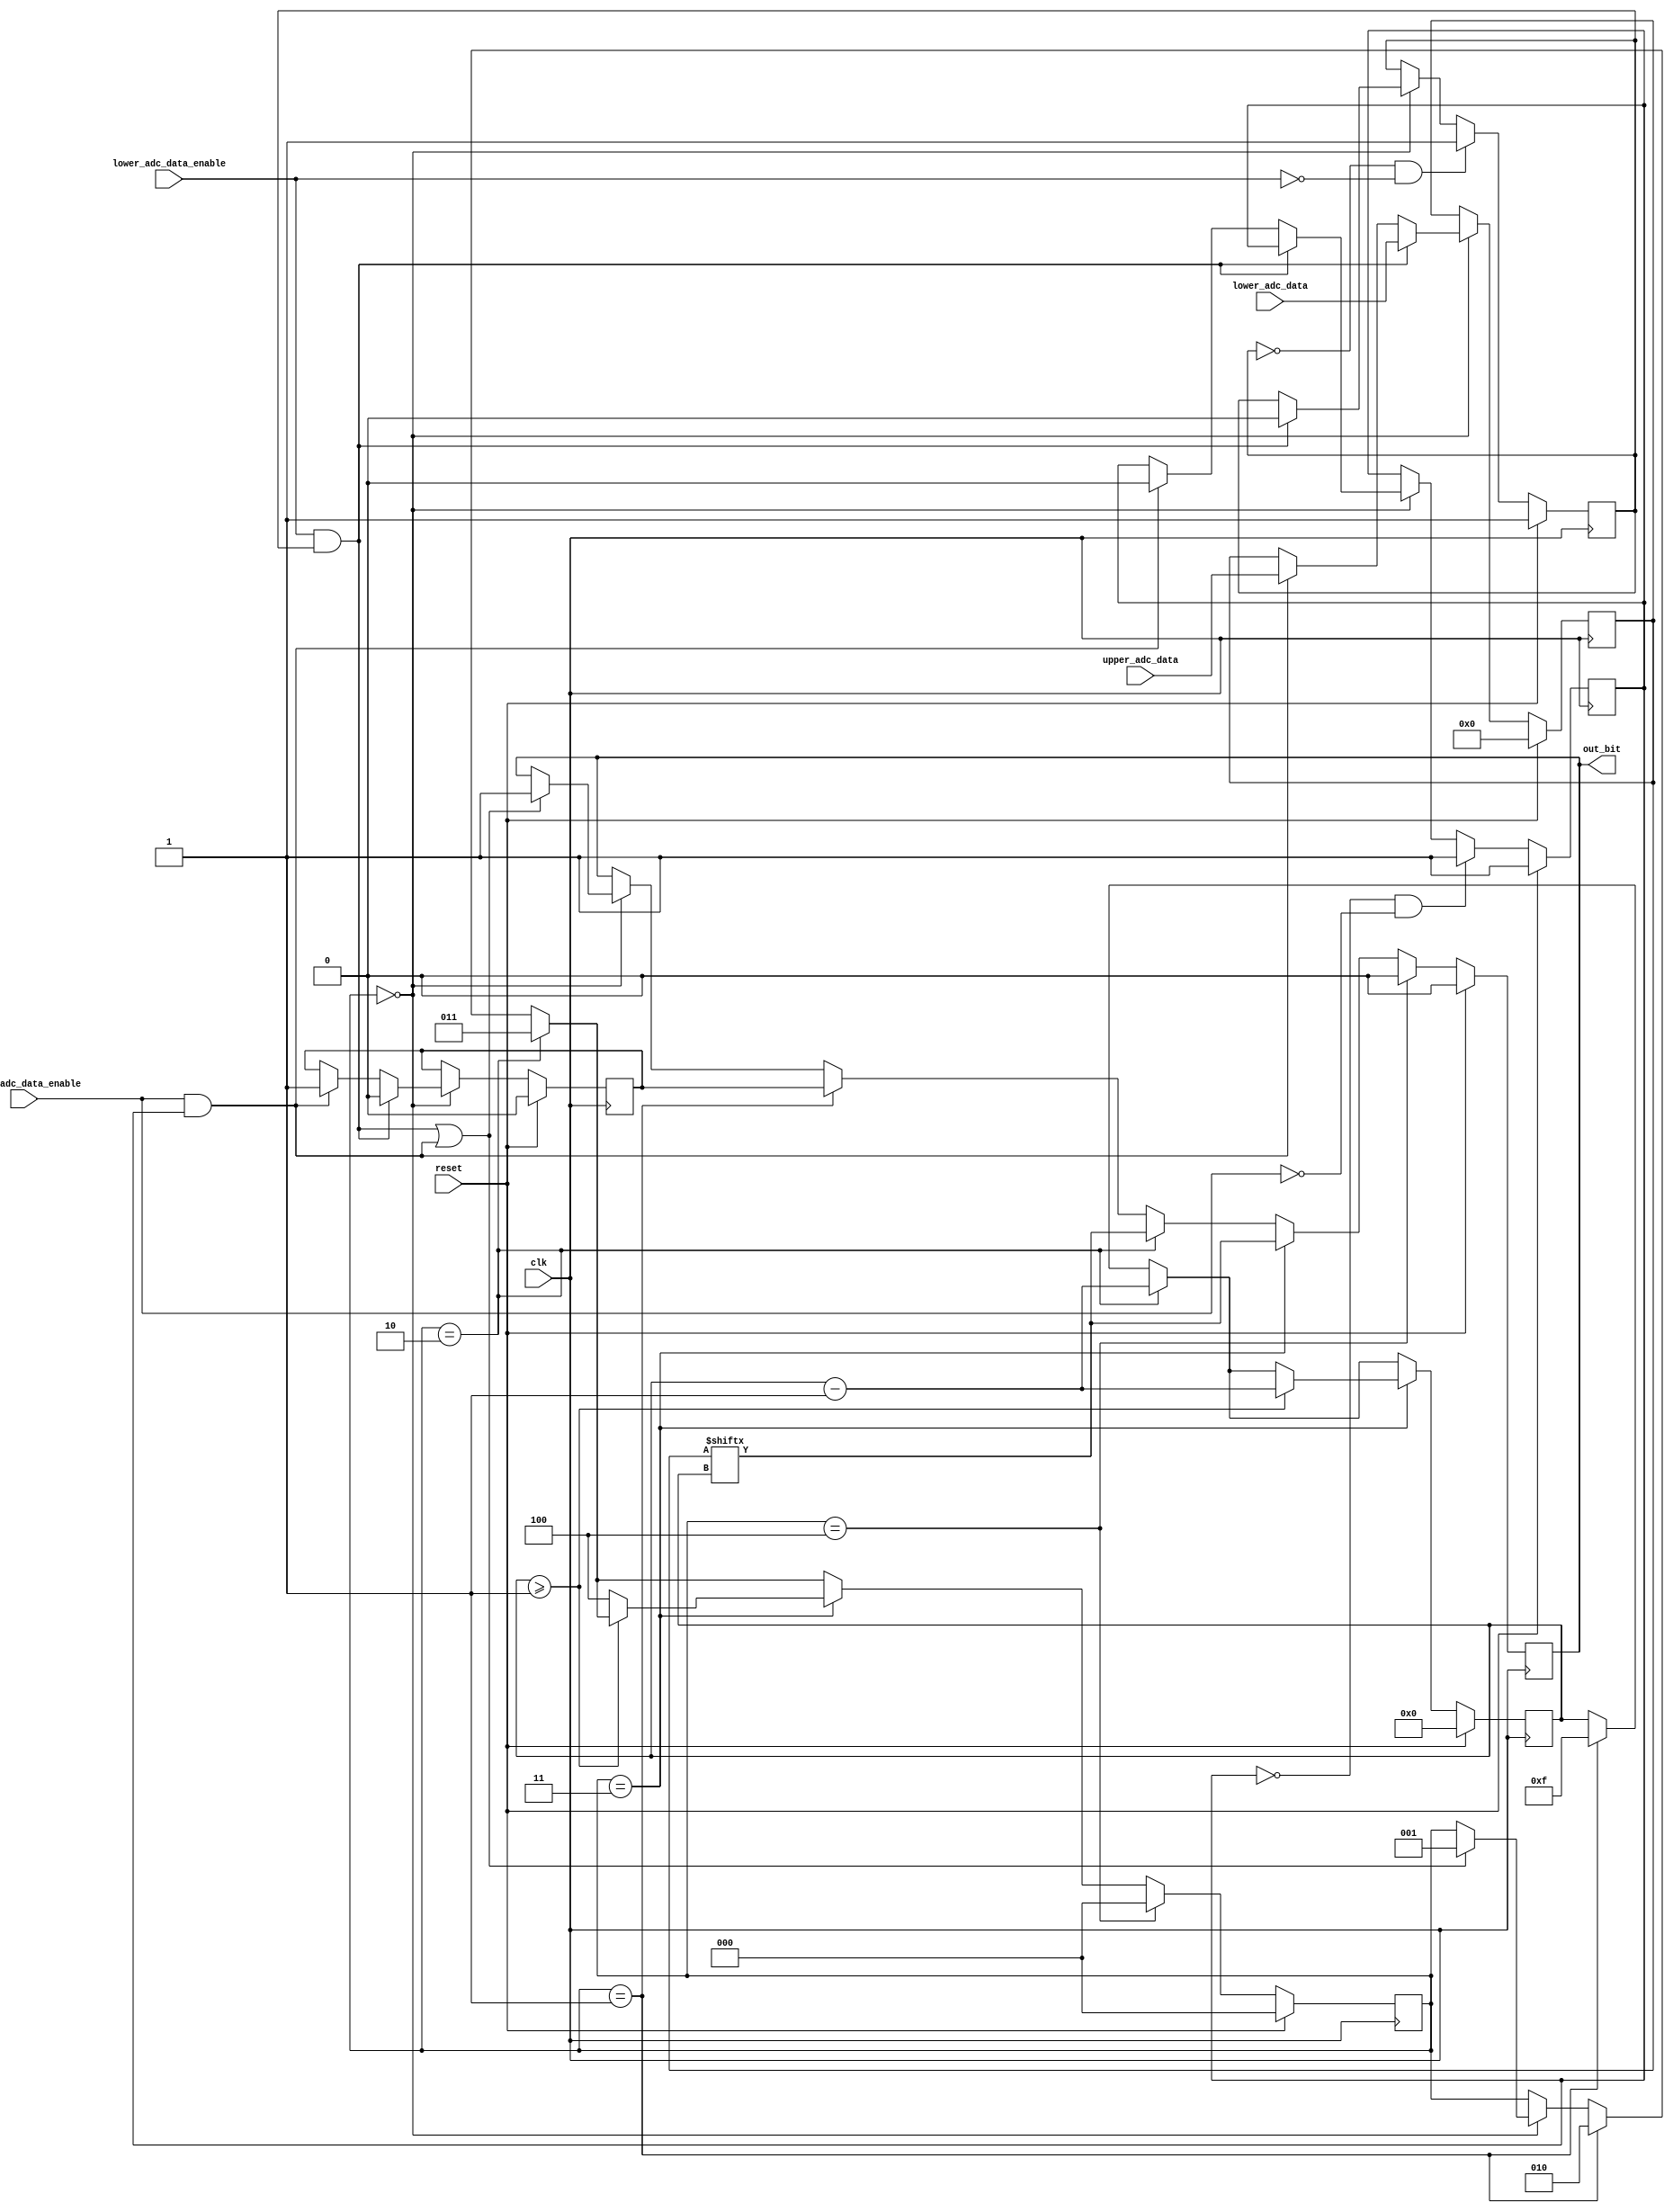
module DataSerializer(
           clk, reset, lower_adc_data, upper_adc_data,
           lower_adc_data_enable, upper_adc_data_enable, out_bit,
       );
// Mode enum
localparam MODE_WAIT_ADC_DATA_ENABLE_UP = 0;
localparam MODE_NOTIFY_START_SERIALIZING = 1;
localparam MODE_NOTIFY_CHANNEL = 2;
localparam MODE_SERIALIZING = 3;
localparam MODE_AFTER_SERIALIZING = 4;

input clk, reset, lower_adc_data_enable, upper_adc_data_enable;
input [15:0] lower_adc_data, upper_adc_data;

output reg out_bit;

reg [15:0] data;
reg [3:0] data_index;
reg [2:0] mode;
reg channel; // lower:0, upper: 1

reg lower_adc_data_next_ready;
reg upper_adc_data_next_ready;

always @(posedge clk) begin
    if (reset) begin
        out_bit <= 0; // Keep out_bit 0 when neutral
        data <= 0;
        data_index <= 0;
        mode <= MODE_WAIT_ADC_DATA_ENABLE_UP;
        channel <= 0;
        lower_adc_data_next_ready <= 1;
        upper_adc_data_next_ready <= 1;
    end else begin
        if (mode == MODE_WAIT_ADC_DATA_ENABLE_UP) begin
            if ((lower_adc_data_enable && lower_adc_data_next_ready) || (upper_adc_data_enable && upper_adc_data_next_ready)) begin
                mode <= MODE_NOTIFY_START_SERIALIZING;
                out_bit <= 1;
            end

            if (lower_adc_data_enable && lower_adc_data_next_ready) begin
                data <= lower_adc_data;
                channel <= 0;
                lower_adc_data_next_ready <= 0;
            end else if (upper_adc_data_enable && upper_adc_data_next_ready) begin
                data <= upper_adc_data;
                channel <= 1;
                upper_adc_data_next_ready <= 0;
            end
        end

        if (mode == MODE_NOTIFY_START_SERIALIZING) begin
            out_bit <= channel;
            mode <= MODE_NOTIFY_CHANNEL;
            data_index <= 15;
        end

        if (mode == MODE_NOTIFY_CHANNEL) begin
            out_bit <= data[data_index];
            data_index <= data_index - 1;
            mode <= MODE_SERIALIZING;
        end

        if (mode == MODE_SERIALIZING) begin
            out_bit <= data[data_index];
            if (data_index >= 1) begin
                data_index <= data_index - 1;
            end else begin
                mode <= MODE_AFTER_SERIALIZING;
            end
        end

        if (mode == MODE_AFTER_SERIALIZING) begin
            out_bit <= 0;
            mode <= MODE_WAIT_ADC_DATA_ENABLE_UP;
        end

        if (!lower_adc_data_next_ready && !lower_adc_data_enable) begin
            lower_adc_data_next_ready <= 1;
        end

        if (!upper_adc_data_next_ready && !upper_adc_data_enable) begin
            upper_adc_data_next_ready <= 1;
        end
    end
end
endmodule